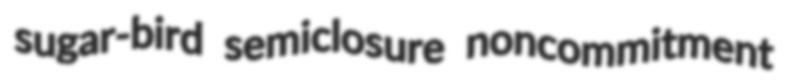
sugar-bird semiclosure noncommitment